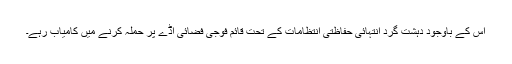
اس کے باوجود دہشت گرد انتہائی حفاظتی انتظامات کے تحت قائم فوجی فضائی اڈے پر حملہ کرنے میں کامیاب رہے۔